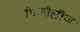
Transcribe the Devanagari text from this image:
पिकौलीज